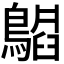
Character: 𬷪